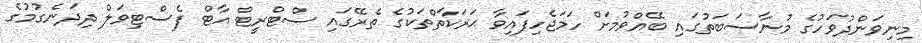
މިނިވަންދުވަހުގެ މުނާސަބަތުގައި ބޭއްވުމަށް ހަމަޖެހިފައިވާ ޙަރަކާތްތަކުގެ ތެރޭގައި ސްޓްރީޓް އާޓް ފެސްޓިވަލް ދިދަނެގުމުގެ